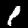
Label: 1